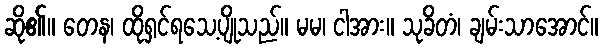
ဆို၏။ တေန၊ ထိုရှင်ရသေ့ပျိုသည်။ မမ၊ ငါအား။ သုခိတံ၊ ချမ်းသာအောင်။